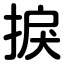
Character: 捩